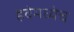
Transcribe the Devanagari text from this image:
हवेमध्येच